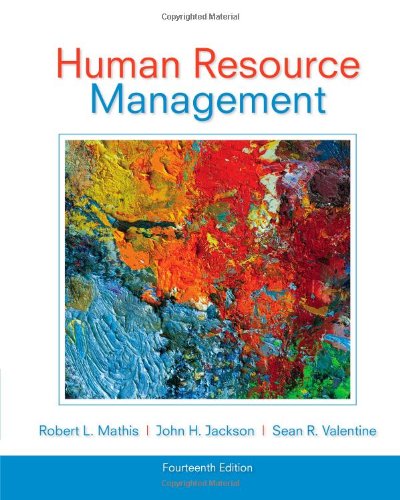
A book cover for Human Resource Management; Robert L. Mathis; Business & Money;